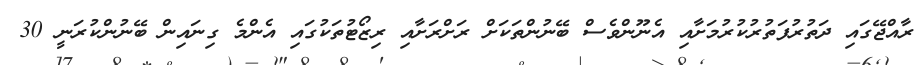
ރާއްޖޭގައި ދަތުރުފަތުރުކުރުމަށާއި އެނޫންވެސް ބޭނުންތަކަށް ރަށްރަށާއި ރިޒޯޓުތަކުގައި އެންމެ ގިނައިން ބޭނުންކުރަނީ 30